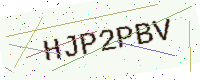
Text: HJP2PBV